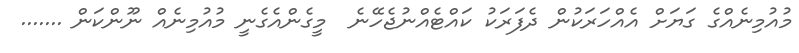
މުއުމިނެއްގެ ގަޔަށް އެއްހަރަކުން ދެފަރަކު ކައްޓެއްނުޖެހޭނެ  މީގެންއެގެނީ މުއުމިނެއް ނޫންކަން .......